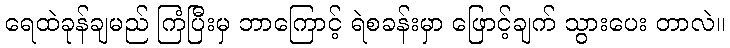
ရေထဲခုန်ချမည် ကြံပြီးမှ ဘာကြောင့် ရဲစခန်းမှာ ဖြောင့်ချက် သွားပေး တာလဲ။